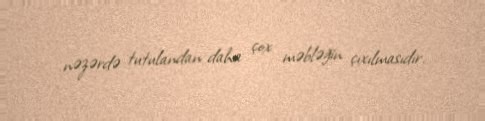
nəzərdə tutulandan daha çox məbləğin çıxılmasıdır.